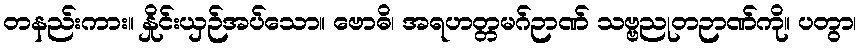
တနည်းကား။ နှိုင်းယှဉ်အပ်သော။ ဗောဓိ၊ အရဟတ္တမဂ်ဉာဏ် သဗ္ဗညုတဉာဏ်ကို။ ပတွာ၊